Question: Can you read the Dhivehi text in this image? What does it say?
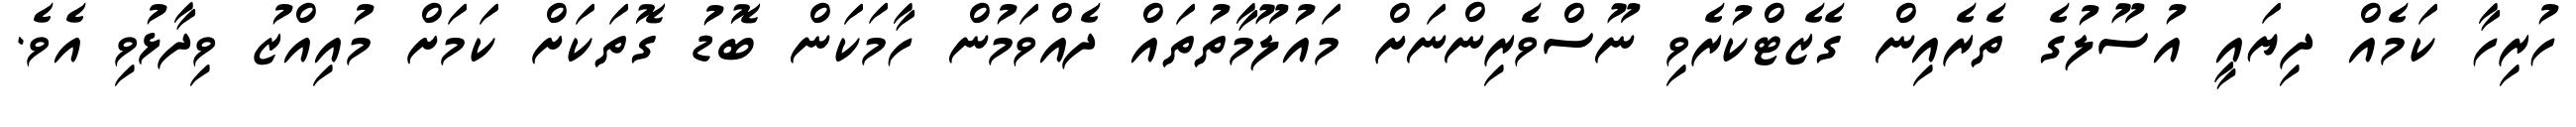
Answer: ހުރިހާ ކަމެއް ދިޔައީ އުސޫލުގެ ތެރެއިން ގެޒެޓްކުރެވި ނޫސްވެރިންނަށް މައުލޫމާތުތައް ދެއްވަމުން ހާމަކަން ބޮޑު ގޮތަކަށް ކަމަށް މުއިއްޒު ވިދާޅުވި އެވެ.